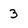
Character: 3